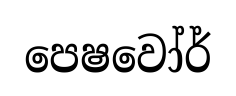
පෙෂවෝර්